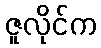
ဇူလိုင်က